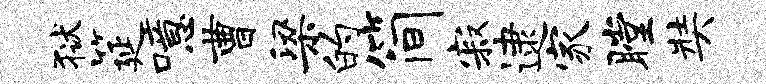
狱筵噫曹梁的简寂逮家瞠奘